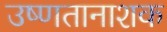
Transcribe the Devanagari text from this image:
उष्णतानाशक